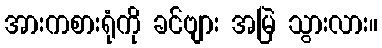
အားကစားရုံကို ခင်ဗျား အမြဲ သွားလား။